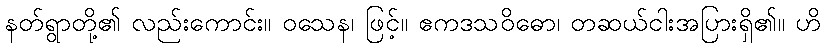
နတ်ရွာတို့၏ လည်းကောင်း။ ဝသေန၊ ဖြင့်။ ဧကဒသဝိဓော၊ တဆယ်ငါးအပြားရှိ၏။ ဟိ